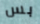
بس